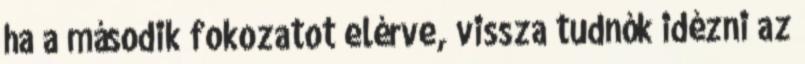
ha a második fokozatot elérve, vissza tudnók idézni az